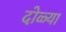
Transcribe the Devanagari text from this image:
दोळ्या